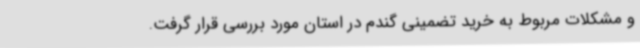
و مشکلات مربوط به خرید تضمینی گندم در استان مورد بررسی قرار گرفت.